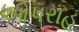
ઓપરાહ